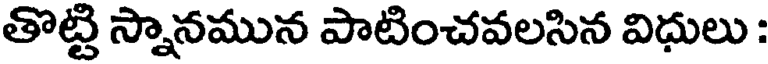
తొట్టి స్నానమున పాటించవలసిన విధులు :